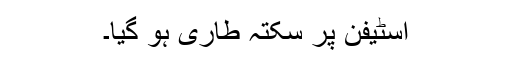
اسٹیفن پر سکتہ طاری ہو گیا۔